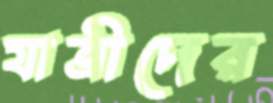
যাত্রীদের